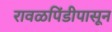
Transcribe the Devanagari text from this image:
रावळपिंडीपासून